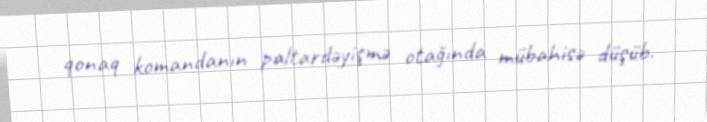
qonaq komandanın paltardəyişmə otağında mübahisə düşüb.